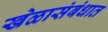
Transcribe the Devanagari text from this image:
खेळासंबंधात